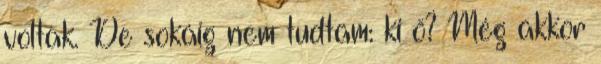
voltak. De sokáig nem tudtam: ki ő? Még akkor